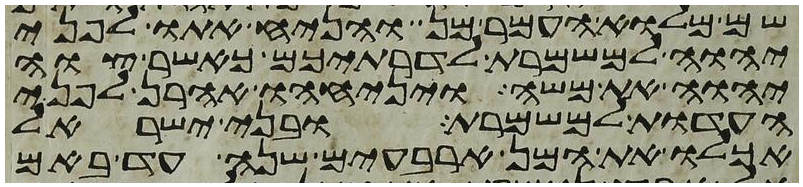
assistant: שם מלוא העמר מן והניח אתו לפני
יהוה למשמרת לדרתיכם כאשר צוה
יהוה את משה ויניחהו אהרן לפני
העדות למשמרת ובני ישראל
אכלו את המן ארבעים שנה עד באם